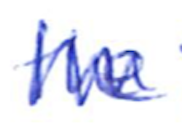
Text: the
Cross-out: zig-zag
Writing tool: ballpoint